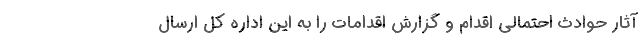
آثار حوادث احتمالی اقدام و گزارش اقدامات را به این اداره کل ارسال